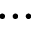
\ldots